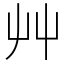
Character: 艸